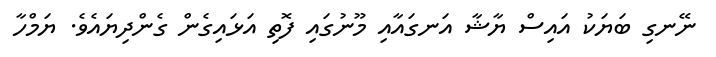
ނޭނގި ބަޔަކު އައިސް ޔާޝާ އަނގައާއި މޫނުގައި ފޮތި އަޅައިގެން ގެންދިޔައެވެ. ޔަމްހާ